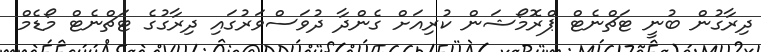
ދިރާގުން ބުނީ ޓަޗްނެޓް ޕްރޮމޯޝަން ކުރިއަށް ގެންދާ ދުވަސްވަރުގައި ދިރާގުގެ ޓަޗްނެޓް މޯޑެމް